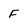
Character: F